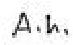
$A\cdot h$